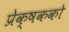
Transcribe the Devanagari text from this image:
प्रेक्षकको